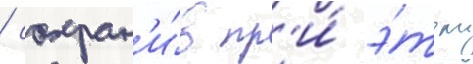
/ сохран'и́в пр'и́ э́том